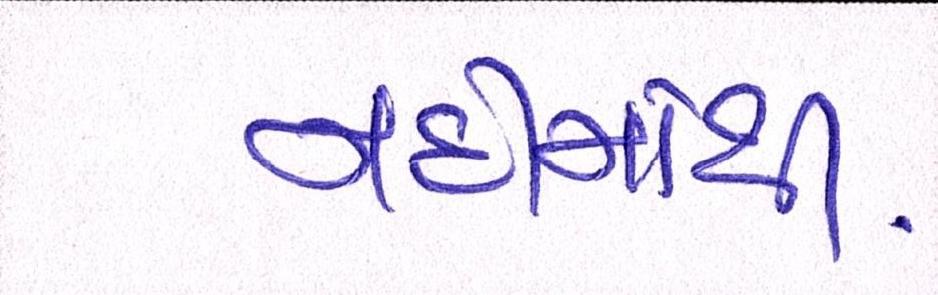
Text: નદીમાંથી